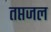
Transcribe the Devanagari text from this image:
तप्तजल